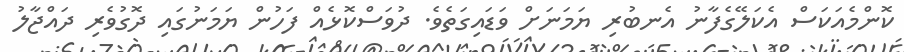
ކޮންމެއަކަސް އެކަލޭގެފާނު އެނބުރި ޔަމަނަށް ވަޑައިގަތެވެ. ދުވަސްކޮޅެއް ފަހުން ޔަމަނުގައި ދޮގުވެރި ދައްޖާލު